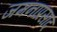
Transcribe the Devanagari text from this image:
जमनाप्रसाद